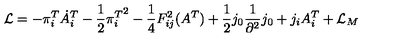
{ \cal L } = - \pi _ { i } ^ { T } \dot { A } _ { i } ^ { T } - \frac { 1 } { 2 } { \pi _ { i } ^ { T } } ^ { 2 } - \frac { 1 } { 4 } F _ { i j } ^ { 2 } ( A ^ { T } ) + \frac { 1 } { 2 } j _ { 0 } \frac { 1 } { \partial ^ { 2 } } j _ { 0 } + j _ { i } A _ { i } ^ { T } + { \cal L } _ { M }